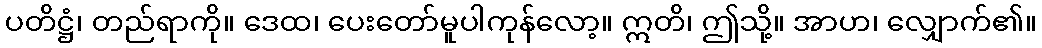
ပတိဋ္ဌံ၊ တည်ရာကို။ ဒေထ၊ ပေးတော်မူပါကုန်လော့။ ဣတိ၊ ဤသို့။ အာဟ၊ လျှောက်၏။